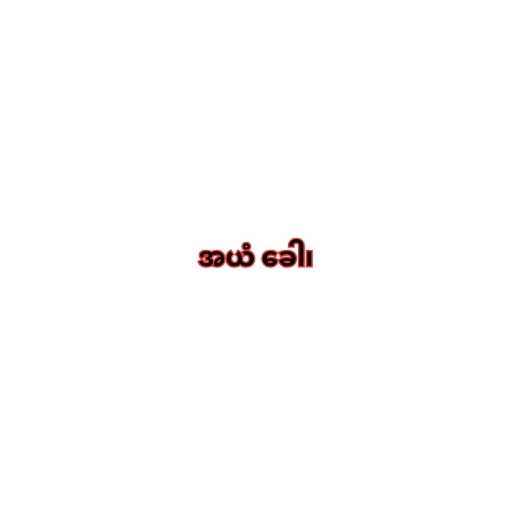
အယံ ခေါ၊